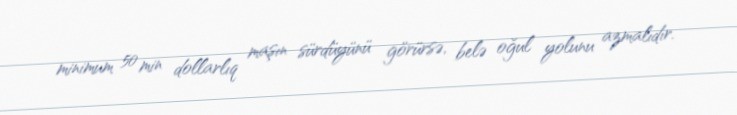
minimum 50 min dollarlıq maşın sürdüyünü görürsə, belə oğul yolunu azmalıdır.